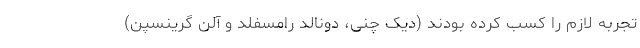
تجربه لازم را کسب کرده بودند (دیک چنی، دونالد رامسفلد و آلن گرینسپن)